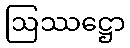
ဩဿဋ္ဌော